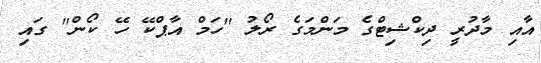
އާއި މާދުރީ ދިކްޝިޓްގެ މަންމަގެ ރޯލު "ހަމް އާޕްކޭ ހޭ ކޯން" ގައި